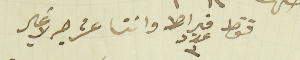
فقط قيراط عدد ٣ واثنا عشر حبه لا غير